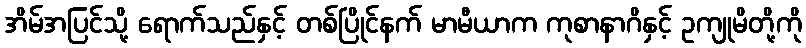
အိမ်အပြင်သို့ ရောက်သည်နှင့် တစ်ပြိုင်နက် မာမီယာက ကုစာနာဂိနှင့် ဥကျုမိတို့ကို